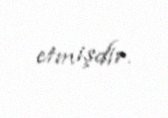
etmişdir.